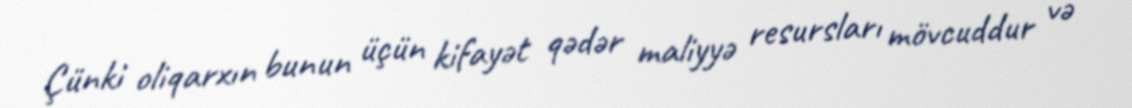
Çünki oliqarxın bunun üçün kifayət qədər maliyyə resursları mövcuddur və